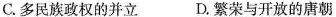
C.多民族政权的并立。D.繁荣与开放的唐朝